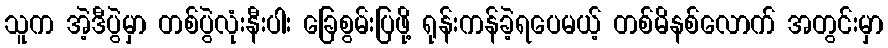
သူက အဲ့ဒီပွဲမှာ တစ်ပွဲလုံးနီးပါး ခြေစွမ်းပြဖို့ ရုန်းကန်ခဲ့ရပေမယ့် တစ်မိနစ်လောက် အတွင်းမှာ